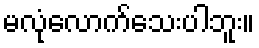
မလုံလောက်သေးပါဘူး။